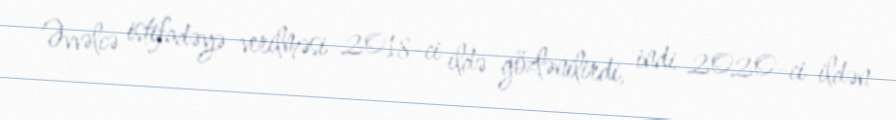
Əvvəlcə istifadəyə verilməsi 2018-ci ildə gözlənilirdi, indi 2020-ci ildən